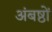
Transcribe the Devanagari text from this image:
अंबष्ठों